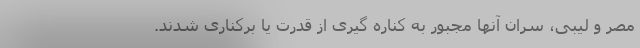
مصر و لیبی، سران آنها مجبور به کناره گیری از قدرت یا برکناری شدند.